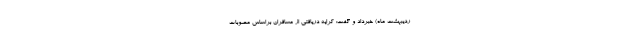
ردیبهشت ماه) خبرداد و گفت: کرایه دریافتی از مسافران براساس مصوبات